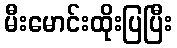
မီးမောင်းထိုးပြပြီး